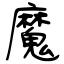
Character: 魔